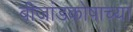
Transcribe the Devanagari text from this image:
बीजांडकोषाच्या